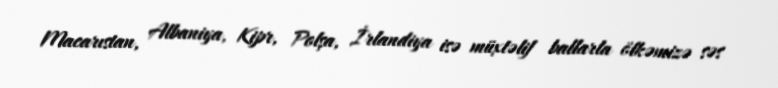
Macarıstan, Albaniya, Kipr, Polşa, İrlandiya isə müxtəlif ballarla ölkəmizə səs